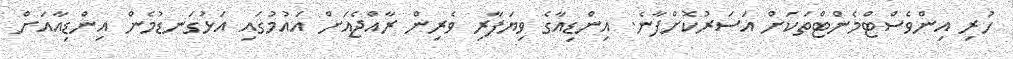
ހުރި އިންވެސްޓްމެންޓްތަކަށް އަސަރުކޮށްފާނެ. އިންޑިއާގެ ވިޔަފާރި ވެރިން ރާއްޖެއަށް އައުމުގައި އަޅުގަނޑުމެން އިންޑިއާއަށް